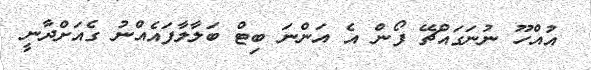
އުއްހޫ ނުނަގައްޗޭ ފޯން އެ އަންނަ ބިޓް ބަލާލާފައެއްނު ގެއަށްދާނީ